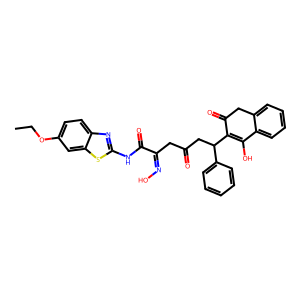
SMILES: CCOc1ccc2nc(NC(=O)C(CC(=O)CC(C3=C(O)c4ccccc4CC3=O)c3ccccc3)=NO)sc2c1
Inhibits HIV replication: No